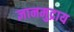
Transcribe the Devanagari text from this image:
ज्ञानमुद्राय